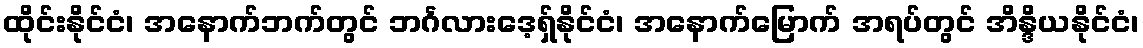
ထိုင်းနိုင်ငံ၊ အနောက်ဘက်တွင် ဘင်္ဂလားဒေ့ရှ်နိုင်ငံ၊ အနောက်မြောက် အရပ်တွင် အိန္ဒိယနိုင်ငံ၊